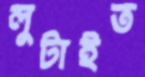
লুটাইত